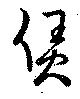
賃